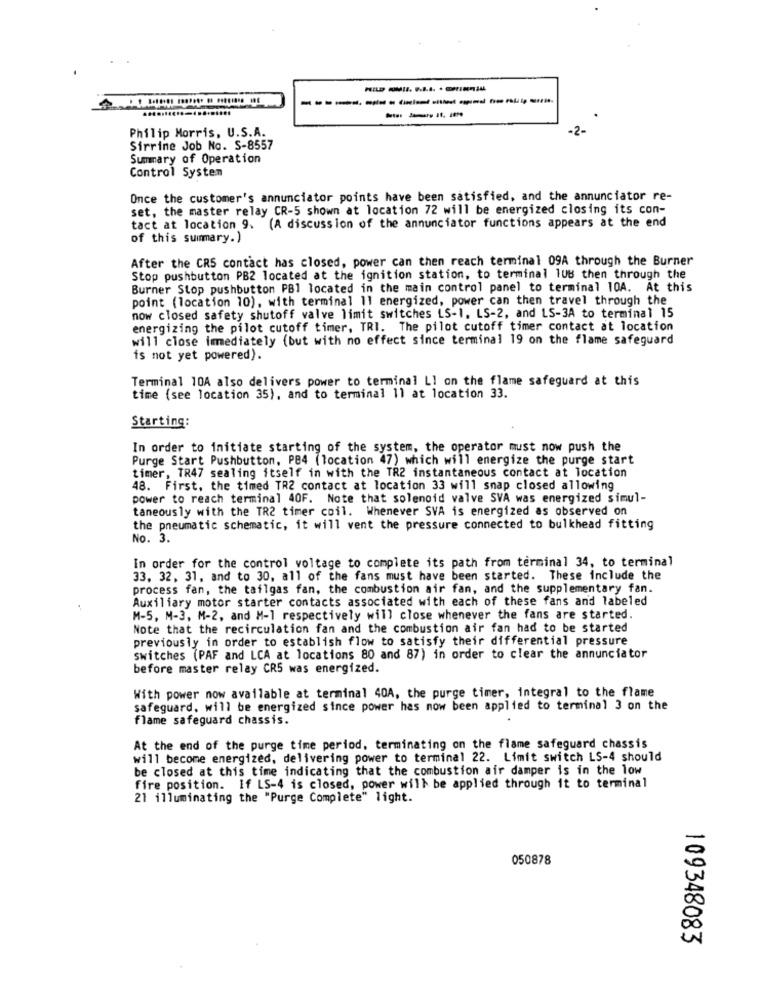
-------------
Philip Morris, U.S.A.
-2
Sirrine Job No. S-8557
Summary of Operation
Control System
Once the customer's annunciator points have been satisfied, and the annunciator re-
set, the master relay CR-5 shown at location 72 will be energized closing its con-
tact at location 9. (A discussion of the annunciator functions appears at the end
of this summary.)
After the CRS contact has closed, power can then reach terminal 09A through the Burner
Stop pushbutton PB2 located at the ignition station, to terminal 1UB then through the
Burner Stop pushbutton PB1 located in the main control panel to terminal 10A. At this
point (location 10), with terminal 11 energized, power can then travel through the
now closed safety shutoff valve limit switches LS-1, LS-2, and LS-3A to terminal 15
energizing the pilot cutoff timer, TRI. The pilot cutoff timer contact at location
will close immediately (but with no effect since terminal 19 on the flame safeguard
is not yet powered).
Terminal 10A also delivers power to terminal Ll on the flame safeguard at this
time (see location 35), and to terminal 11 at location 33.
Starting:
In order to initiate starting of the system, the operator must now push the
Purge Start Pushbutton, PB4 (location 47) which will energize the purge start
timer, TR47 sealing itself in with the TR2 instantaneous contact at location
48. First, the timed TR2 contact at location 33 will snap closed allowing
power to reach terminal 40F. Note that solenoid valve SVA was energized simul-
taneously with the TR2 timer coil. Whenever SVA is energized as observed on
the pneumatic schematic, it will vent the pressure connected to bulkhead fitting
No. 3.
In order for the control voltage to complete its path from terminal 34, to terminal
33. 32, 31, and to 30, all of the fans must have been started. These include the
process fan, the tailgas fan, the combustion air fan, and the supplementary fan.
Auxiliary motor starter contacts associated with each of these fans and labeled
M-5, M-3, M-2, and M-1 respectively will close whenever the fans are started.
Note that the recirculation fan and the combustion air fan had to be started
previously in order to establish flow to satisfy their differential pressure
switches (PAF and LCA at locations 80 and 87) in order to clear the annunciator
before master relay CR5 was energized.
With power now available at terminal 40A, the purge timer, integral to the flame
safeguard. will be energized since power has now been applied to terminal 3 on the
flame safeguard chassis.
At the end of the purge time period, terminating on the flame safeguard chassis
will become energized, delivering power to terminal 22. Limit switch LS-4 should
be closed at this time indicating that the combustion air damper is in the low
fire position. If LS-4 is closed, power will be applied through it to terminal
21 illuminating the "Purge Complete" light.
050878
109348083